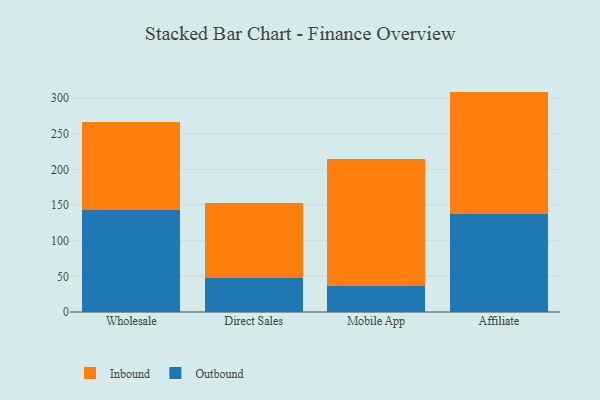
{"axis": {"x": "Channel", "y": "Operating Costs (USD K)"}, "legend": ["Inbound", "Outbound"], "data": [{"x": "Wholesale", "y": 142.4, "type": "Outbound"}, {"x": "Wholesale", "y": 124.0, "type": "Inbound"}, {"x": "Direct Sales", "y": 47.4, "type": "Outbound"}, {"x": "Direct Sales", "y": 104.8, "type": "Inbound"}, {"x": "Mobile App", "y": 36.1, "type": "Outbound"}, {"x": "Mobile App", "y": 178.8, "type": "Inbound"}, {"x": "Affiliate", "y": 136.9, "type": "Outbound"}, {"x": "Affiliate", "y": 172.2, "type": "Inbound"}]}